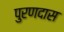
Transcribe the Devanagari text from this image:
पुरणदास